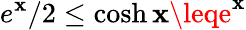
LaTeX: e^{\mathbf{x}}/2\leq\cosh{\mathbf{x}}\leqe^{\mathbf{x}}